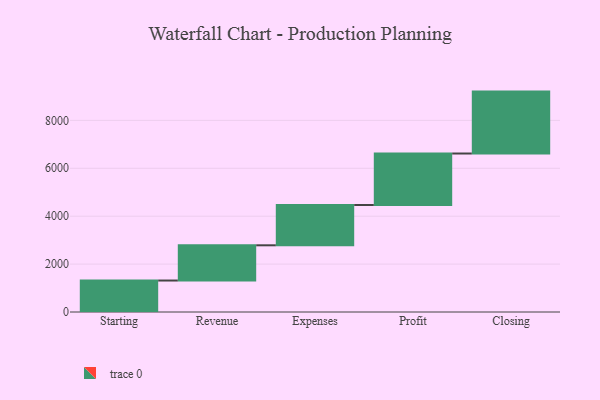
{"axis": {"x": "Step", "y": "Value"}, "legend": [""], "data": [{"x": "Starting", "y": 1314.0, "type": ""}, {"x": "Revenue", "y": 1471.0, "type": ""}, {"x": "Expenses", "y": 1682.0, "type": ""}, {"x": "Profit", "y": 2150.0, "type": ""}, {"x": "Closing", "y": 2585.0, "type": ""}]}